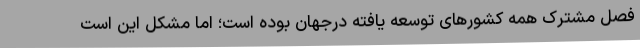
فصل مشترک همه کشورهای توسعه یافته درجهان بوده است؛ اما مشکل این است